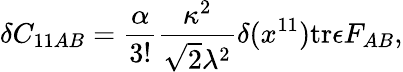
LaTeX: \delta C_{11AB}={\frac{\alpha}{3!}}{\frac{\kappa^{2}}{\sqrt{2}\lambda^{2}}}\delta(x^{11})\mathrm{tr}\epsilon F_{AB},